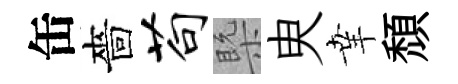
缶嗇苟槩㬰𦍒頹